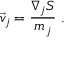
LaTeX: { \vec { v } } _ { j } = { \frac { \nabla _ { j } S } { m _ { j } } } \; .